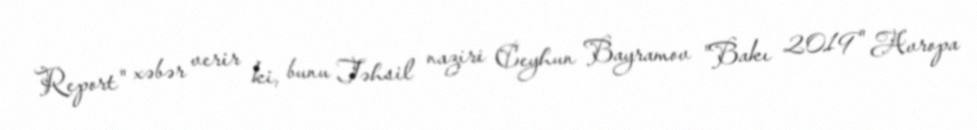
Report" xəbər verir ki, bunu Təhsil naziri Ceyhun Bayramov "Bakı 2019" Avropa